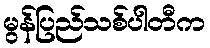
မွန်ပြည်သစ်ပါတီက